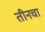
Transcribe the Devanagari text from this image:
तीनचा